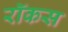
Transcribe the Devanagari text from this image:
रॉकस